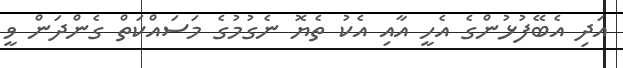
އަދި އެބޭފުޅުންގެ އެހީ އާއި އެކު ތެޔޮ ނެގުމުގެ މަސައްކަތް ގެންދަން ވީ